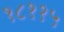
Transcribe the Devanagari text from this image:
१८११५